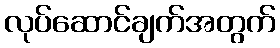
လုပ်ဆောင်ချက်အတွက်